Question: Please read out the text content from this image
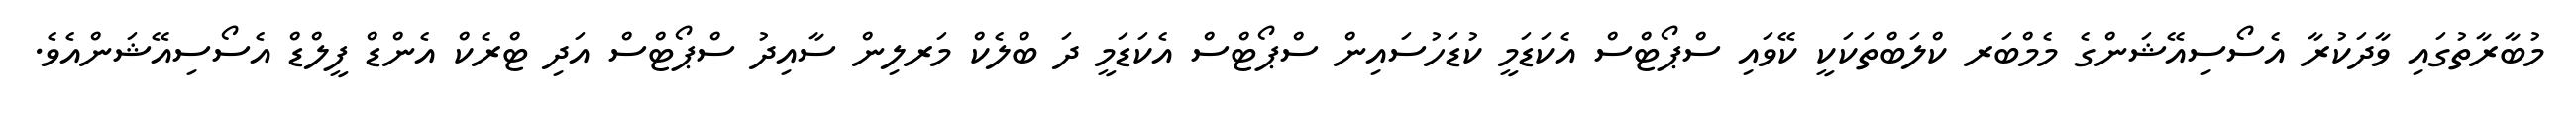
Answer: މުބާރާތުގައި ވާދަކުރާ އެސޯސިއޭޝަންގެ މެމްބަރ ކްލަބްތަކަކީ ކޭވައި ސްޕޯޓްސް އެކަޑަމީ ކުޑަހުސައިން ސްޕޯޓްސް އެކަޑަމީ ދަ ބްލެކް މަރލިން ސާއިދު ސްޕޯޓްސް އަދި ޓްރެކް އެންޑް ފީލްޑް އެސޯސިއޭޝަންއެވެ.